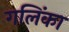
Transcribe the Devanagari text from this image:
गलिंका